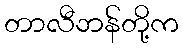
တာလီဘန်တို့က